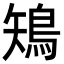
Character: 鴙